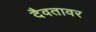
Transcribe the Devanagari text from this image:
दैवतावर